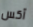
آكس